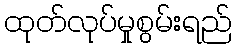
ထုတ်လုပ်မှုစွမ်းရည်